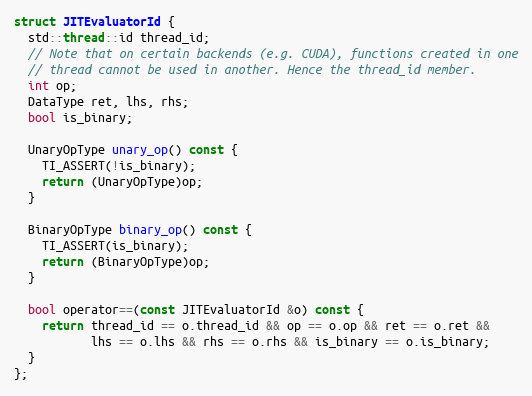
Language: C
struct JITEvaluatorId {
  std::thread::id thread_id;
  // Note that on certain backends (e.g. CUDA), functions created in one
  // thread cannot be used in another. Hence the thread_id member.
  int op;
  DataType ret, lhs, rhs;
  bool is_binary;

  UnaryOpType unary_op() const {
    TI_ASSERT(!is_binary);
    return (UnaryOpType)op;
  }

  BinaryOpType binary_op() const {
    TI_ASSERT(is_binary);
    return (BinaryOpType)op;
  }

  bool operator==(const JITEvaluatorId &o) const {
    return thread_id == o.thread_id && op == o.op && ret == o.ret &&
           lhs == o.lhs && rhs == o.rhs && is_binary == o.is_binary;
  }
};